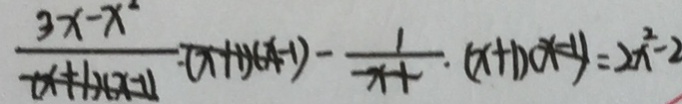
\frac { 3 x - x ^ { 2 } } { ( x + 1 ) ( x - 1 ) } \cdot ( x + 1 ) ( x - 1 ) - \frac { 1 } { x - 1 } \cdot ( x + 1 ) ( x - 1 ) = 2 x ^ { 2 } - 2